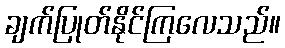
ချက်ပြုတ်နိုင်ကြလေသည်။